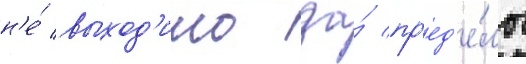
н'е́ выход'ило за́ пр'ед'е́лы